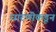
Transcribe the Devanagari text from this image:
धारणीकडून